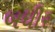
બધીર